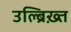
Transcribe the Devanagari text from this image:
उल्ब्रिख़्त